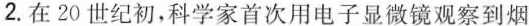
2.在20世纪初，科学家首次用电子显微镜观察到烟